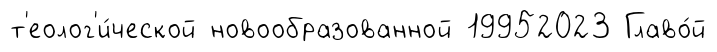
т'еолог'и́ческой новообразованной 19952023 Главо́й